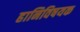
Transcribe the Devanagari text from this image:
हानिविषयक